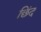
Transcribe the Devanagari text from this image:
छिंद